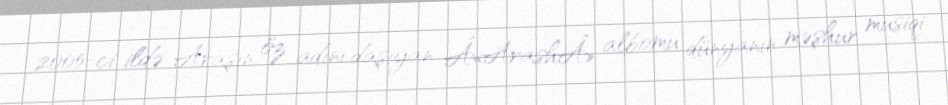
2005-ci ildə Araşın öz adını daşıyan Â«ArashÂ» albomu dünyanın məşhur musiqi